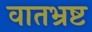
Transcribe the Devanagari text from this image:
वातभ्रष्ट